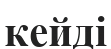
кейді